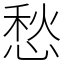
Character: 愁